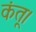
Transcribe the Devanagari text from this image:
कंतू।